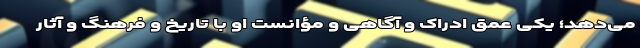
می‌دهد؛ یکی عمق ادراک و آگاهی و مؤانست او با تاریخ و فرهنگ و آثار